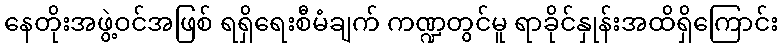
နေတိုးအဖွဲ့ဝင်အဖြစ် ရရှိရေးစီမံချက် ကဏ္ဍတွင်မူ ရာခိုင်နှုန်းအထိရှိကြောင်း